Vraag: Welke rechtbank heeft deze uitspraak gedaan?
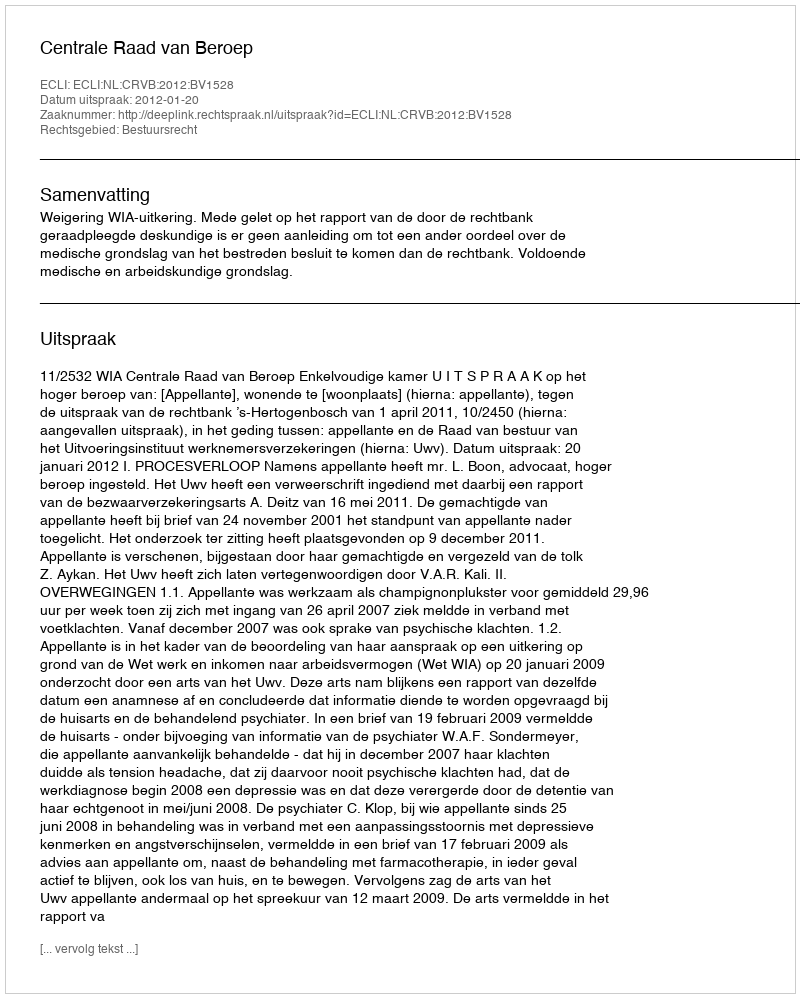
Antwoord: Centrale Raad van Beroep